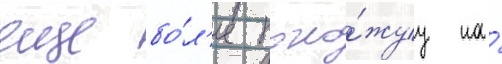
еще бо́л'ее похо́жуу на́